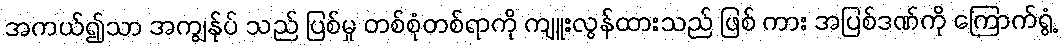
အကယ်၍သာ အကျွန်ုပ် သည် ပြစ်မှု တစ်စုံတစ်ရာကို ကျူးလွန်ထားသည် ဖြစ် ကား အပြစ်ဒဏ်ကို ကြောက်ရွံ့